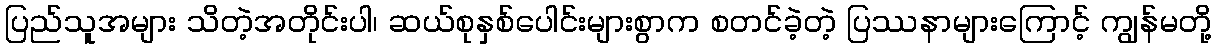
ပြည်သူအများ သိတဲ့အတိုင်းပါ၊ ဆယ်စုနှစ်ပေါင်းများစွာက စတင်ခဲ့တဲ့ ပြဿနာများကြောင့် ကျွန်မတို့